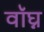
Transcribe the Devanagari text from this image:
वॉघ्न